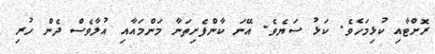
ރޮށްޓާއި ކުޅިމަހެވެ. ކަޅު ސަޔެވެ. އޭނަ ކާންފެށިތަނާ މަންމައާއި އުލާވެސް ދެން ހުރި